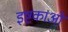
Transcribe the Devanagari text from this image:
इष्टकाओं